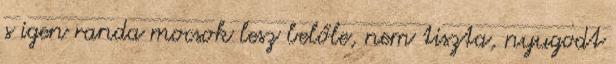
s igen randa mocsok lesz belőle, nem tiszta, nyugodt